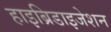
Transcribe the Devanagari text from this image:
हाइब्रिडाइजेशन